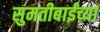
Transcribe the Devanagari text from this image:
सुमतीबाईंच्या